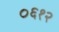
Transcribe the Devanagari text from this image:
०६१२